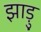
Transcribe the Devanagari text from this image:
झाड़ु